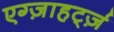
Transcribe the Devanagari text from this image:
एग्ज़ाहर्ट्ज़